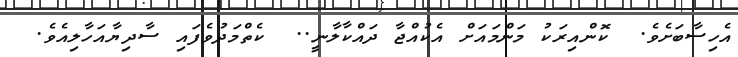
އެހިސާބަށެވެ.  ކޮންއިރަކު މަންމައަށް އެކުއްޖާ ދައްކާލާނީ..  ކެތްމަދުވެފައި ސާދިޔާއަހާލިއެވެ.